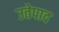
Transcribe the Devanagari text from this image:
उतेपाद